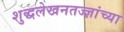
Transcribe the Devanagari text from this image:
शुद्धलेखनतज्ज्ञांच्या